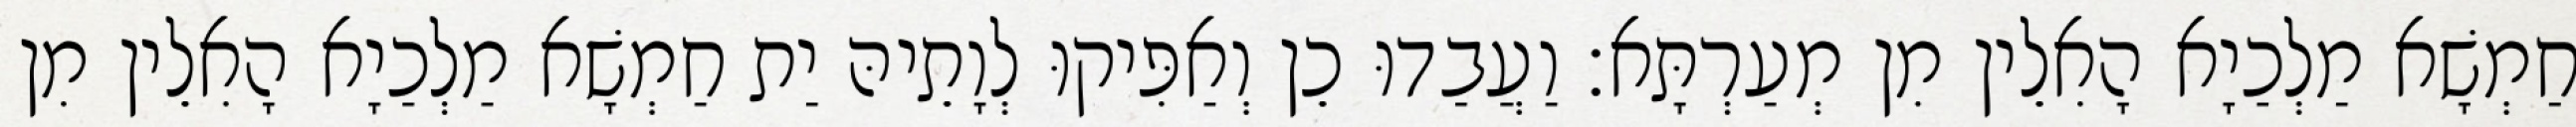
חַמְשָׁא מַלְכַיָא הָאִלֵין מִן מְעַרְתָּא׃ וַעֲבַדוּ כֵן וְאַפִּיקוּ לְוָתֵיהּ יַת חַמְשָׁא מַלְכַיָא הָאִלֵין מִן